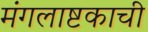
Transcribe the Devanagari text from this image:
मंगलाष्टकाची